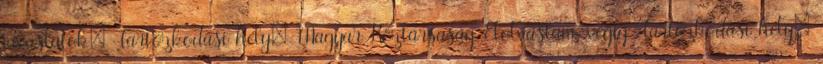
javaslatok: Tartózkodási hely: Magyar Köztársaság Elolvastam, végig Tartózkodási hely: